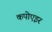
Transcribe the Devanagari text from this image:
कपोएइर